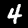
Label: 4